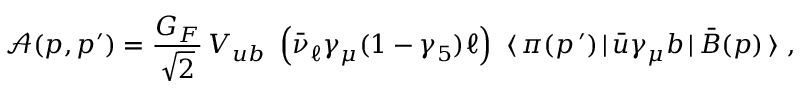
{ \mathcal A } ( p , p ^ { \prime } ) = \frac { G _ { F } } { \sqrt { 2 } } \, V _ { u b } \ \left( \bar { \nu } _ { \ell } \gamma _ { \mu } ( 1 - \gamma _ { 5 } ) \ell \right) \ \langle \, \pi ( p ^ { \, \prime } ) \, | \, \bar { u } \gamma _ { \mu } b \, | \, \bar { B } ( p ) \, \rangle \ ,